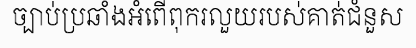
ច្បាប់ប្រឆាំងអំពើពុករលួយរបស់គាត់ជំនួស